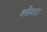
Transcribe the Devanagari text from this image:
शोशा